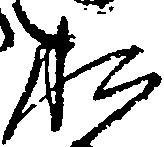
お